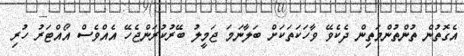
އެގޮތުން ތުންތުންމަތިން ދެކެވޭ ވާހަކަތަކަށް ބަލާނަމަ ޖަމީލު ބޭރުކުރަންޖެހޭ އެއްވެސް އޯއްޓަރު ހުރި